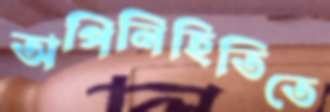
অপিনিহিতিতে